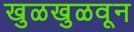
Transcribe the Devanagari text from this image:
खुळखुळवून